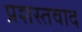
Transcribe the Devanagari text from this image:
प्रशस्तवाद